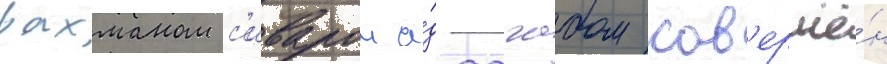
рахманом с'иваром а́д-дагабом сов'ершё́н